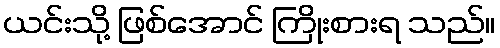
ယင်းသို့ ဖြစ်အောင် ကြိုးစားရ သည်။